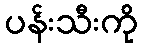
ပန်းသီးကို